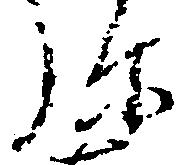
弥